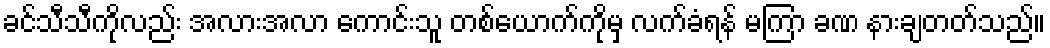
ခင်သီသီကိုလည်း အလားအလာ ကောင်းသူ တစ်ယောက်ကိုမှ လက်ခံရန် မကြာ ခဏ နားချတတ်သည်။